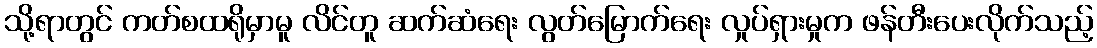
သို့ရာတွင် ကတ်စထရိုမှာမူ လိင်တူ ဆက်ဆံရေး လွတ်မြောက်ရေး လှုပ်ရှားမှုက ဖန်တီးပေးလိုက်သည့်